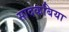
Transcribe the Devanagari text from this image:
सादकबिया